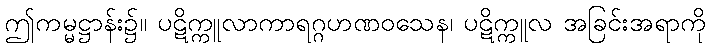
ဤကမ္မဋ္ဌာန်း၌။ ပဋိက္ကူလာကာရဂ္ဂဟဏဝသေန၊ ပဋိက္ကူလ အခြင်းအရာကို